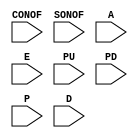
module PLBI2F (
	input CONOF,
	input SONOF,
	input A,
	input E,
	input PU,
	input PD,
	input P,
	input D
);

endmodule